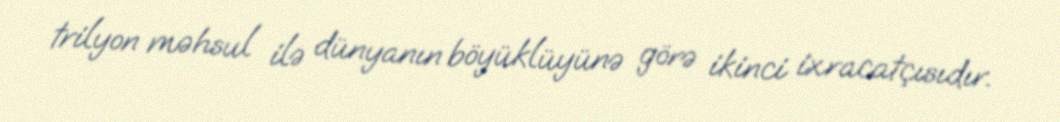
trilyon məhsul ilə dünyanın böyüklüyünə görə ikinci ixracatçısıdır.